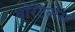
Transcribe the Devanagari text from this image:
वॉरंटलेस